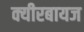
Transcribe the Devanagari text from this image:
क्यीरबायज